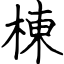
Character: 棟